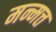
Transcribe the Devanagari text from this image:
मन्मत्त